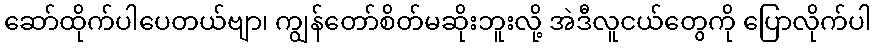
ဆော်ထိုက်ပါပေတယ်ဗျာ၊ ကျွန်တော်စိတ်မဆိုးဘူးလို့ အဲဒီလူငယ်တွေကို ပြောလိုက်ပါ